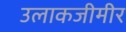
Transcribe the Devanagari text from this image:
उलाकजीमीर